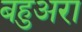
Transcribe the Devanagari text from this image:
बहुअरा